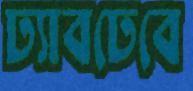
ঢ্যাবঢেবে